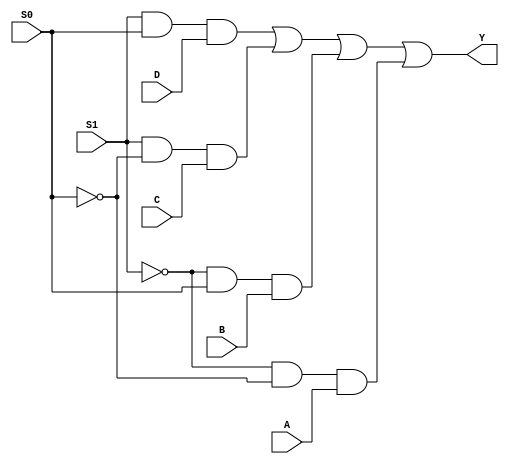
module mux4to1(
    input A, 
    input B, 
    input C, 
    input D, 
    input S0, 
    input S1, 
    output Y
);

assign Y = (S1 & S0 & D) | (S1 & ~S0 & C) | (~S1 & S0 & B) | (~S1 & ~S0 & A);

endmodule